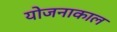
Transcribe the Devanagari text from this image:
योजनाकाल